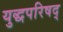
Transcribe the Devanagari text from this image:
युद्धपरिषद्